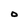
Character: O